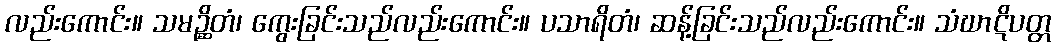
လည်းကောင်း။ သမဉ္ဆိတံ၊ ကွေးခြင်းသည်လည်းကောင်း။ ပသာရိတံ၊ ဆန့်ခြင်းသည်လည်းကောင်း။ သံဃာဋိပတ္တ